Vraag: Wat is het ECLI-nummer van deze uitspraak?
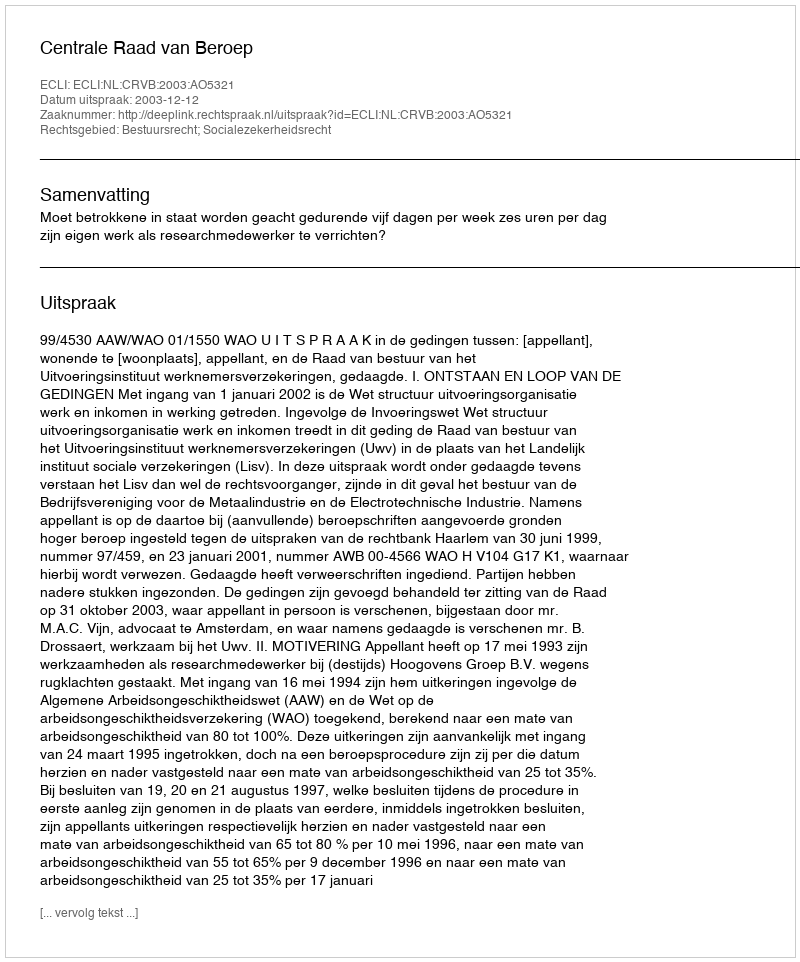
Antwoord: ECLI:NL:CRVB:2003:AO5321